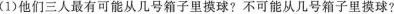
(1)他们三人最有可能从几号箱子里摸球?不可能从几号箱子里摸球?